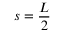
s = \frac { L } { 2 }